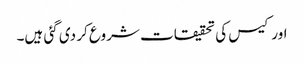
اور کیس کی تحقیقات شروع کر دی گئی ہیں۔